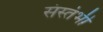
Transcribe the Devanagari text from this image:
संस्तंभी